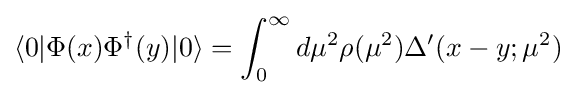
\langle 0|\Phi (x)\Phi ^{\dagger }(y)|0\rangle =\int _{0}^{\infty }d\mu ^{2}\rho (\mu ^{2})\Delta '(x-y;\mu ^{2})